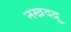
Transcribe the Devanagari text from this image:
नखदद्रु